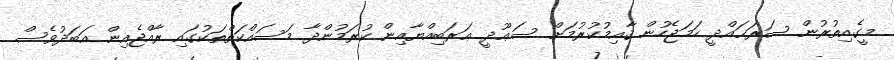
މީގެއިތުރުން ސަރަޙައްދީ ހަމަޖެހުން ޤާއިމުކުރުމަށް ސަޢޫދީ ޢަރަބިއްޔާއިން ކުރަމުންދާ މަސައްކަތްތަކުގައި ރާއްޖެއިން އަބަދުވެސް